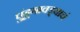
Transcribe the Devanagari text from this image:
पुंडूगावड्याचं